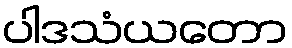
ပါဒသံယတော